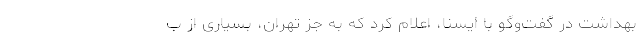
بهداشت در گفت‌وگو با ایسنا، اعلام کرد که به جز تهران، بسیاری از ب